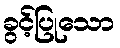
ခွင့်ပြုသော